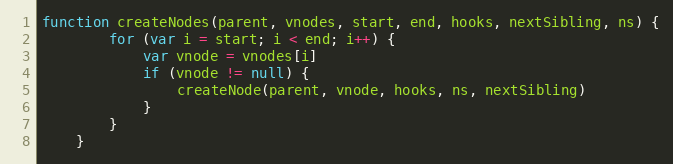
Language: JavaScript
function createNodes(parent, vnodes, start, end, hooks, nextSibling, ns) {
		for (var i = start; i < end; i++) {
			var vnode = vnodes[i]
			if (vnode != null) {
				createNode(parent, vnode, hooks, ns, nextSibling)
			}
		}
	}